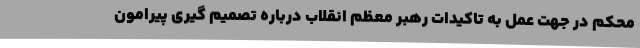
محکم در جهت عمل به تاکیدات رهبر معظم انقلاب درباره تصمیم گیری پیرامون